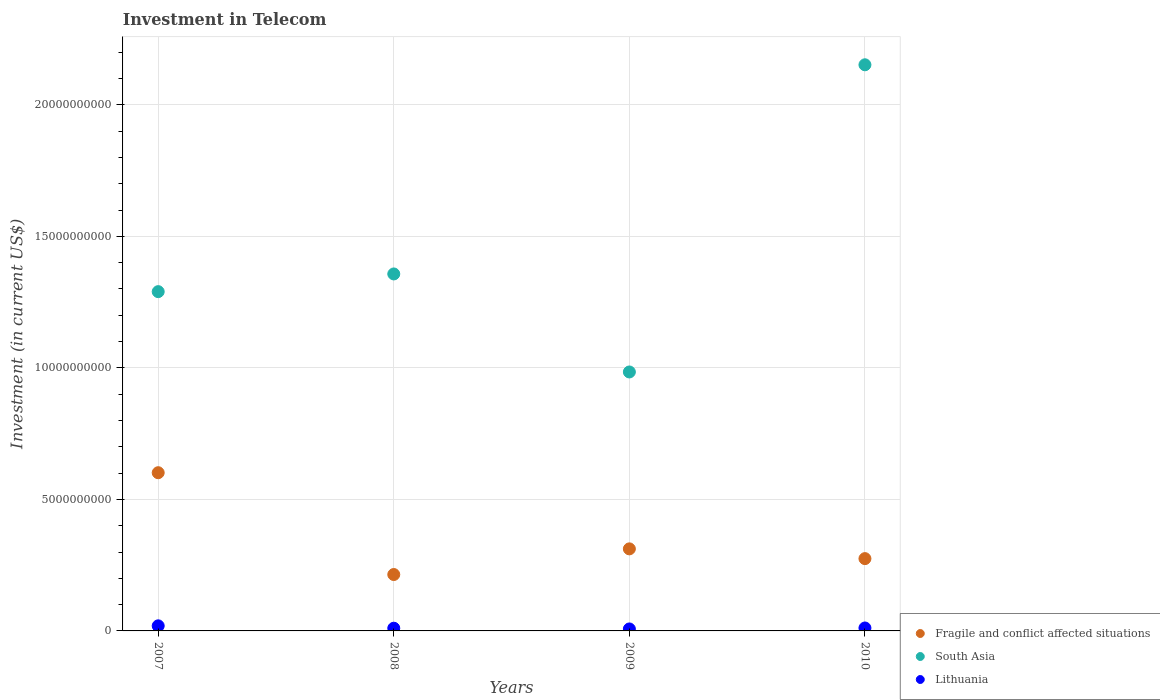
| Years | Fragile and conflict affected situations | South Asia | Lithuania |
 | --- | --- | --- | --- |
 | 2007 | 6.01e+09 | 1.29e+10 | 1.93e+08 |
 | 2008 | 2.14e+09 | 1.36e+10 | 1.03e+08 |
 | 2009 | 3.12e+09 | 9.84e+09 | 7.5e+07 |
 | 2010 | 2.75e+09 | 2.15e+10 | 1.12e+08 |